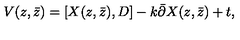
V ( z , \bar { z } ) = [ X ( z , \bar { z } ) , D ] - k \bar { \partial } X ( z , \bar { z } ) + t ,